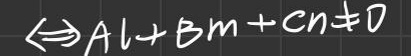
\(\Leftrightarrow Al + Bm + Cn \neq 0\)